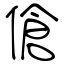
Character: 傖